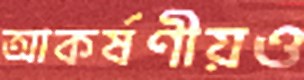
আকর্ষণীয়ও